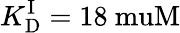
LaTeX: {K_{\mathrm{D}}^{\mathrm{I}}}=18\mathrm{\ muM}